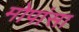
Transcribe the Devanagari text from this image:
मोपांसा